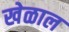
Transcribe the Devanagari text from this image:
खेळाल